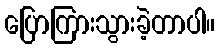
ပြောကြားသွားခဲ့တာပါ။